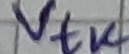
Text: Vtk